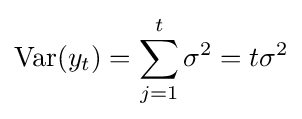
\operatorname {Var} (y_{t})=\sum _{j=1}^{t}\sigma ^{2}=t\sigma ^{2}